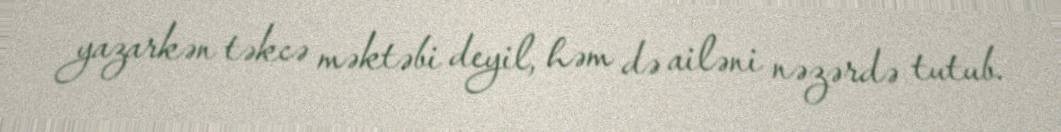
yazarkən təkcə məktəbi deyil, həm də ailəni nəzərdə tutub.